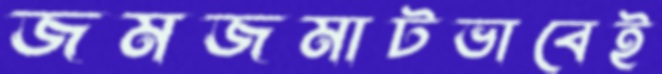
জমজমাটভাবেই